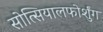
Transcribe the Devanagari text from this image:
सोत्सियालफोर्शुंग